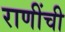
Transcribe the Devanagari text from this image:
राणींची